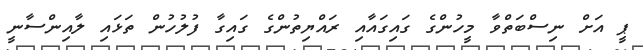
ޕީ އަށް ނިސްބަތްވާ މީހުންގެ ގައިގައާއި ރައްޔިތުންގެ ގައިގާ ފުލުހުން ތަޅައި ލާއިންސާނީ